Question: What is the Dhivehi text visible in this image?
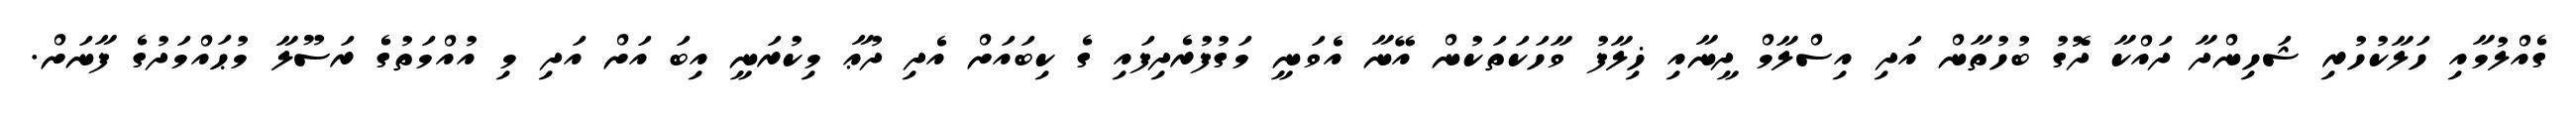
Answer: ގެއްލުމާއި ހަލާކުހުރި ޝަހިންދާ ދައްކާ ދޮގު ބުހުތާން އަދި އިސްލާމް ދީނާއި ޚިލާފު ވާހަކަތަކުން އޭނާ އެވަނީ މަގުފުރެދިފައި ގެ ކިބައަށް އެދި ދުޢާ މިކުރަނީ އިބަ އަށް އަދި މި އުއްމަތުގެ ރަސޫލާ މުޙައްމަދުގެ ފާނަށް.